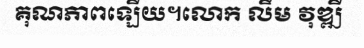
គុណភាពឡើយ។លោក លឹម វុឌ្ឍី